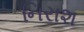
નિરાશ